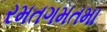
રમતગમતમા